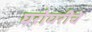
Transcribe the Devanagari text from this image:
घरोघरीचे